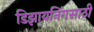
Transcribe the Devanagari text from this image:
डिझायनिंगसाठी